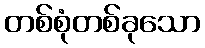
တစ်စုံတစ်ခုသော